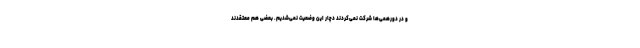
و در دورهمی‌ها شرکت نمی‌کردند دچار این وضعیت نمی‌شدیم. بعضی هم معتقدند